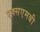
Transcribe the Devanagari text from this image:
एक्सएमबी